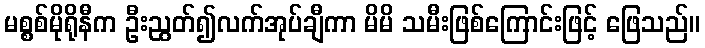
မစ္စစ်မိုရိုနီက ဦးညွတ်၍လက်အုပ်ချီကာ မိမိ သမီးဖြစ်ကြောင်းဖြင့် ဖြေသည်။